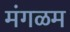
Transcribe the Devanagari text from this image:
मंगळम